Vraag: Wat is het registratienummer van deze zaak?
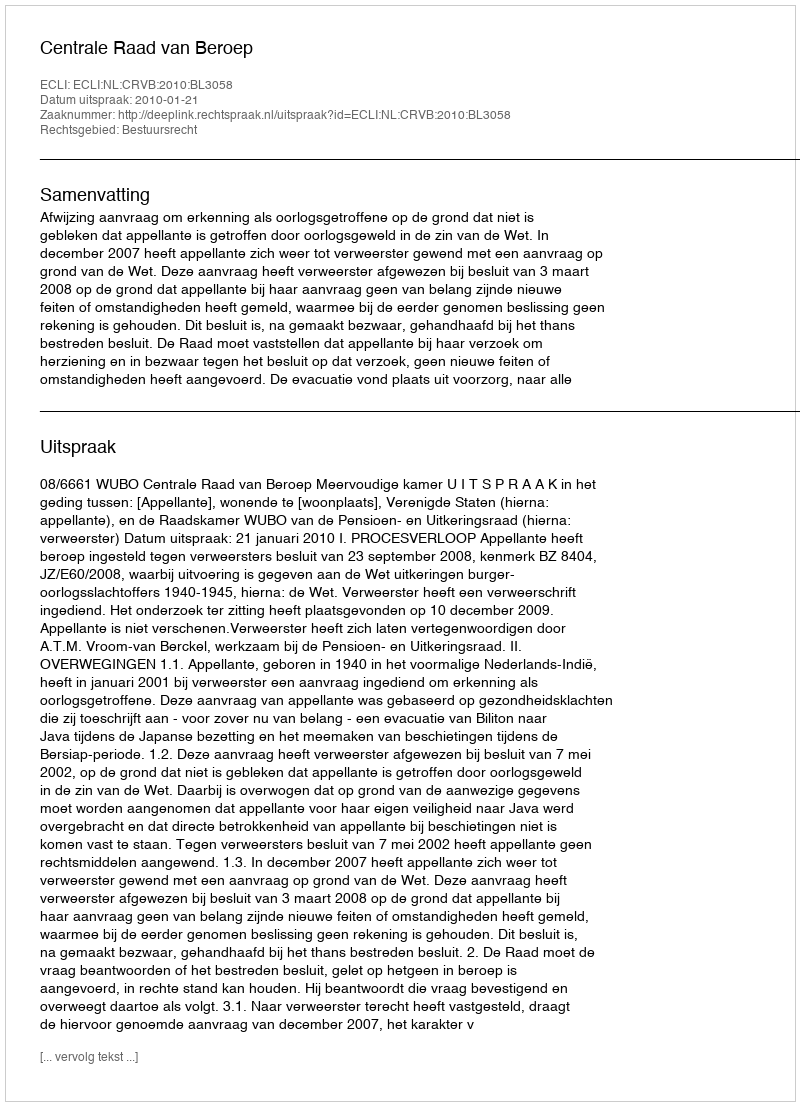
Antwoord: http://deeplink.rechtspraak.nl/uitspraak?id=ECLI:NL:CRVB:2010:BL3058